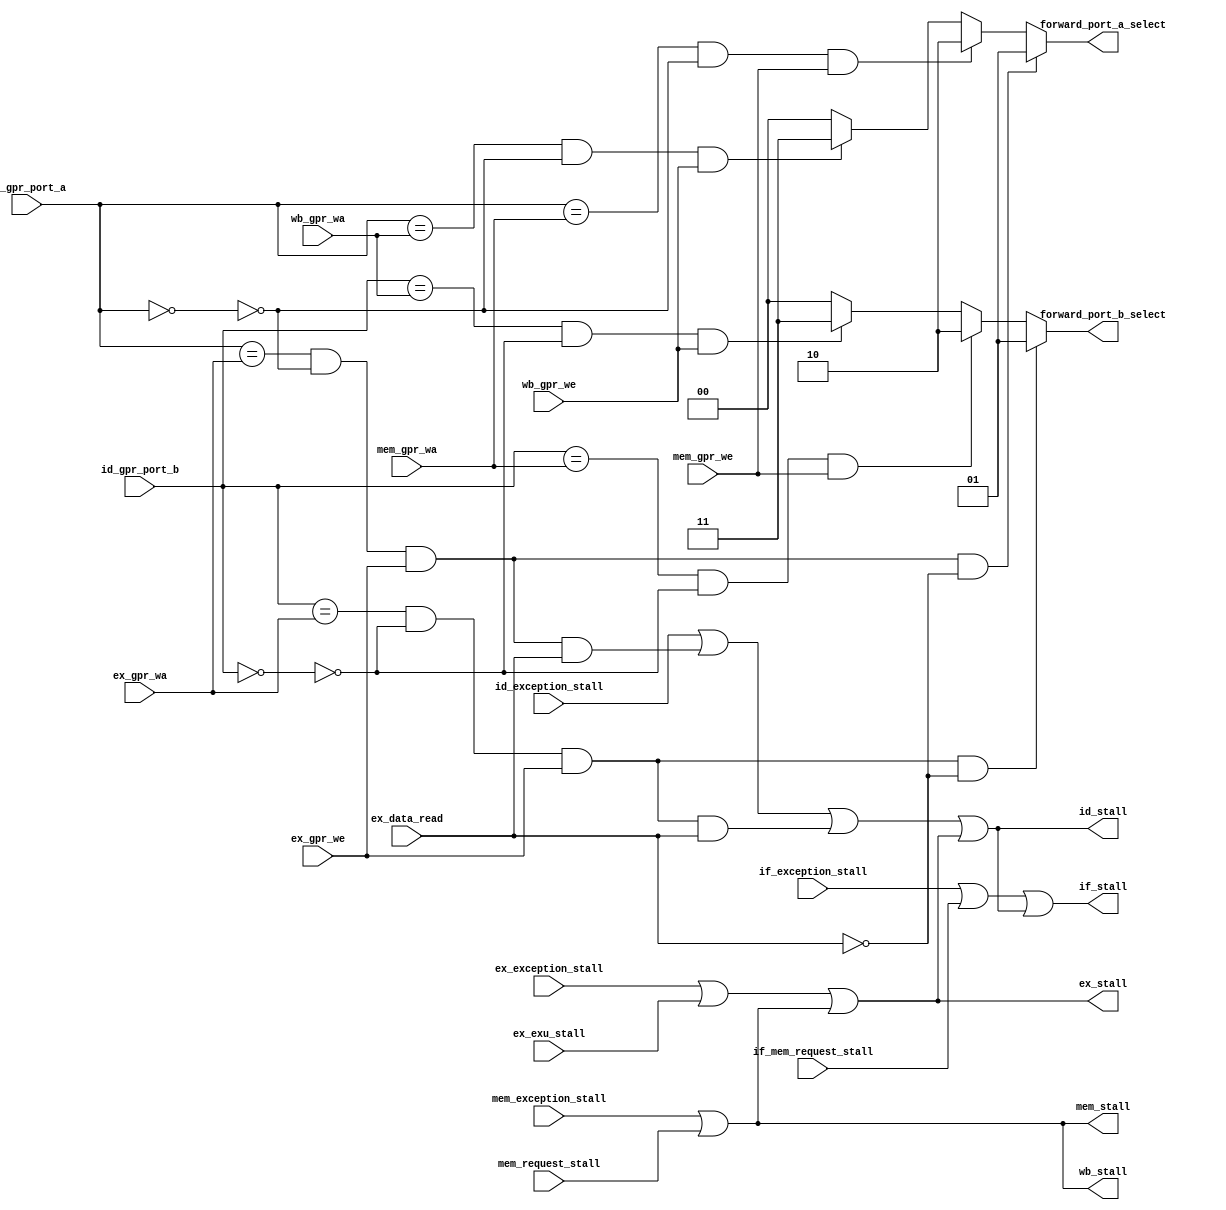
module ada_hazard(
    input   [4:0]   id_gpr_port_a,          
    input   [4:0]   id_gpr_port_b,          
    input   [4:0]   ex_gpr_wa,              
    input   [4:0]   mem_gpr_wa,             
    input   [4:0]   wb_gpr_wa,              
    input           ex_gpr_we,              
    input           mem_gpr_we,             
    input           wb_gpr_we,              
    input           if_mem_request_stall,   
    input           ex_data_read,           
    input           mem_request_stall,      
    input           if_exception_stall,     
    input           id_exception_stall,     
    input           ex_exception_stall,     
    input           mem_exception_stall,    
    input           ex_exu_stall,           
    output  [1:0]   forward_port_a_select,  
    output  [1:0]   forward_port_b_select,  
    output          if_stall,               
    output          id_stall,               
    output          ex_stall,               
    output          mem_stall,              
    output          wb_stall                
    );
    wire id_port_a_is_zero;
    wire id_port_b_is_zero;
    wire id_ex_port_a_match;
    wire id_ex_port_b_match;
    wire id_mem_port_a_match;
    wire id_mem_port_b_match;
    wire id_wb_port_a_match;
    wire id_wb_port_b_match;
    wire id_stall_1;
    wire id_stall_2;
    wire id_forward_1;
    wire id_forward_2;
    wire id_forward_3;
    wire id_forward_4;
    wire id_forward_5;
    wire id_forward_6;
    assign id_port_a_is_zero   = (id_gpr_port_a == 5'b0);
    assign id_port_b_is_zero   = (id_gpr_port_b == 5'b0);
    assign id_ex_port_a_match  = (id_gpr_port_a == ex_gpr_wa)  & (~id_port_a_is_zero) & ex_gpr_we;
    assign id_mem_port_a_match = (id_gpr_port_a == mem_gpr_wa) & (~id_port_a_is_zero) & mem_gpr_we;
    assign id_wb_port_a_match  = (id_gpr_port_a == wb_gpr_wa)  & (~id_port_a_is_zero) & wb_gpr_we;
    assign id_ex_port_b_match  = (id_gpr_port_b == ex_gpr_wa)  & (~id_port_b_is_zero) & ex_gpr_we;
    assign id_mem_port_b_match = (id_gpr_port_b == mem_gpr_wa) & (~id_port_b_is_zero) & mem_gpr_we;
    assign id_wb_port_b_match  = (id_gpr_port_b == wb_gpr_wa)  & (~id_port_b_is_zero) & wb_gpr_we;
    assign id_stall_1          = id_ex_port_a_match & ex_data_read;
    assign id_stall_2          = id_ex_port_b_match & ex_data_read;
    assign id_forward_1        = id_ex_port_a_match & ~ex_data_read;
    assign id_forward_2        = id_ex_port_b_match & ~ex_data_read;
    assign id_forward_3        = id_mem_port_a_match;
    assign id_forward_4        = id_mem_port_b_match;
    assign id_forward_5        = id_wb_port_a_match;
    assign id_forward_6        = id_wb_port_b_match;
    assign wb_stall  = mem_stall;                                                   
    assign mem_stall = mem_exception_stall | mem_request_stall;
    assign ex_stall  = ex_exception_stall  | ex_exu_stall | mem_stall;
    assign id_stall  = id_exception_stall  | id_stall_1 | id_stall_2 | ex_stall ;
    assign if_stall  = if_exception_stall  | if_mem_request_stall | id_stall;
    assign forward_port_a_select = (id_forward_1) ? 2'b01 : ((id_forward_3) ? 2'b10 : ((id_forward_5) ? 2'b11 : 2'b00));
    assign forward_port_b_select = (id_forward_2) ? 2'b01 : ((id_forward_4) ? 2'b10 : ((id_forward_6) ? 2'b11 : 2'b00));
endmodule